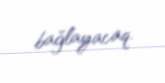
bağlayacaq.